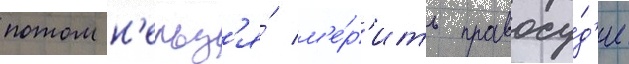
потом н'ельз'я́ м'е́р'ить правосу́д'ие